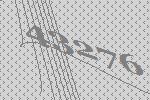
43276